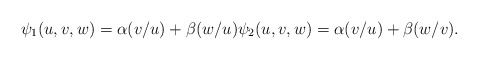
\begin{align*}\psi_1(u,v,w)=\alpha(v/u)+\beta(w/u) \psi_2(u,v,w)=\alpha(v/u)+\beta(w/v).\end{align*}